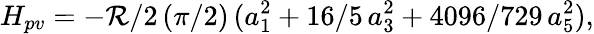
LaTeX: H_{pv}=-\mathcal{R}/2\, (\pi/2)\, (a_{1}^{2}+16/5\, a_{3}^{2}+4096/729\, a_{5}^{2}),